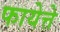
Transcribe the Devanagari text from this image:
फायेत्ते